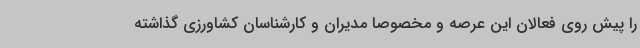
را پیش روی فعالان این عرصه و مخصوصا مدیران و کارشناسان کشاورزی گذاشته